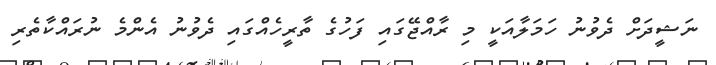
ނަޝީދަށް ދެވުނު ހަމަލާއަކީ މި ރާއްޖޭގައި ފަހުގެ ތާރީހެއްގައި ދެވުނު އެންމެ ނުރައްކާތެރި